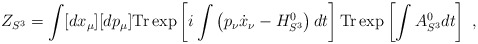
\begin{align*}Z_{S^{3}}=\int [dx_{\mu }][dp_{\mu }]\mathrm{Tr}\exp \left[ i\int \left(p_{\nu }\dot{x}_{\nu }-H_{S^{3}}^{0}\right) dt\right] \mathrm{Tr}\exp \left[\int A_{S^{3}}^{0}dt\right] \ ,\end{align*}